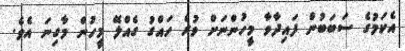
އެކަމުގެ ސަބަބުން ފައިދާވާ މީހުންނަށް ވުރެ ހައްގު ގެއްލޭ މީހުން މާގިނަ އެވެ.